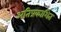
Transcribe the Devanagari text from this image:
अतिप्रकाशित